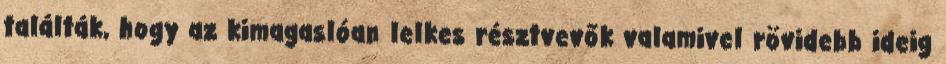
találták, hogy az kimagaslóan lelkes résztvevők valamivel rövidebb ideig